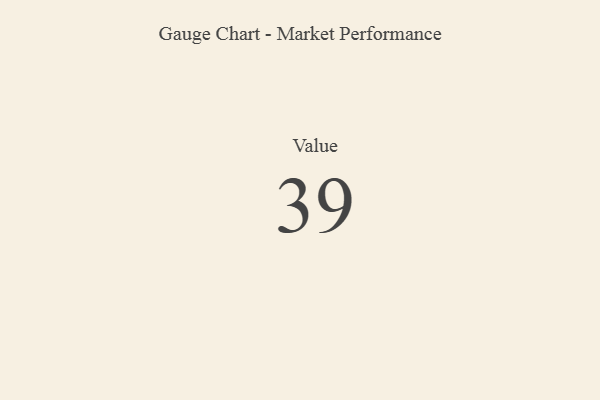
{"axis": {"x": "Metric", "y": "Value"}, "legend": [""], "data": [{"x": "Value", "y": 39, "type": ""}]}